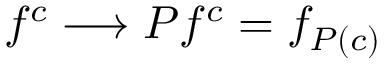
f ^ { c } \longrightarrow P f ^ { c } = f _ { P ( c ) }